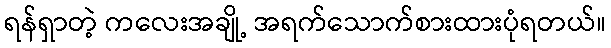
ရန်ရှာတဲ့ ကလေးအချို့ အရက်သောက်စားထားပုံရတယ်။